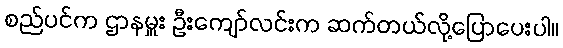
စည်ပင်က ဌာနမှူး ဦးကျော်လင်းက ဆက်တယ်လို့ပြောပေးပါ။